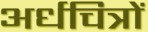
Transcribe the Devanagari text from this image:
अर्धचित्रों